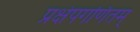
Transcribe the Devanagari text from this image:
प्रक्षेपगणितम्